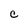
Character: C